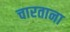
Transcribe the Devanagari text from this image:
चारताना